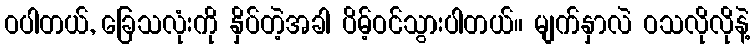
ဝပါတယ်, ခြေသလုံးကို နှိပ်တဲ့အခါ ပိမ့်ဝင်သွားပါတယ်။ မျက်နှာလဲ ဝသလိုလိုနဲ့